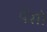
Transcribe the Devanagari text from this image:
पैंसो